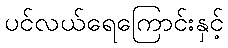
ပင်လယ်ရေကြောင်းနှင့်